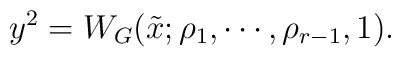
y^{2}=W_{G}(\tilde{x};\rho_{1},\cdots, \rho_{r-1},1).